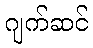
ဂျက်ဆင်